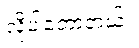
လိုပါတော့တယ်။